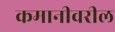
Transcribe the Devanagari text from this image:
कमानीवरील